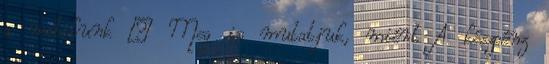
a mobilunk – Meg is mutatjuk, miért A készpénz